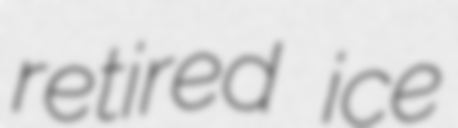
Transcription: retired ice